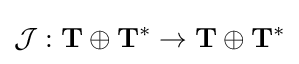
{\mathcal {J}}:\mathbf {T} \oplus \mathbf {T} ^{*}\to \mathbf {T} \oplus \mathbf {T} ^{*}